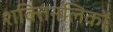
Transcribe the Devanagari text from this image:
शक्तिनलिकों